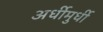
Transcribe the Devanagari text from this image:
अर्धीमुर्धी